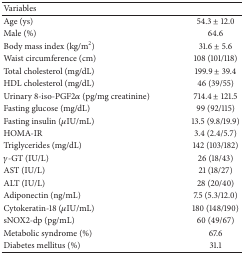
<table><thead><tr><td><b>Variables</b></td><td><b> </b></td></tr></thead><tbody><tr><td>Age (ys)</td><td>54.3 ± 12.0</td></tr><tr><td>Male (%)</td><td>64.6</td></tr><tr><td>Body mass index (kg/m<sup>2</sup>)</td><td>31.6 ± 5.6</td></tr><tr><td>Waist circumference (cm)</td><td>108 (101/118)</td></tr><tr><td>Total cholesterol (mg/dL)</td><td>199.9 ± 39.4</td></tr><tr><td>HDL cholesterol (mg/dL)</td><td>46 (39/55)</td></tr><tr><td>Urinary 8-iso-PGF2<i>α</i> (pg/mg creatinine)</td><td>714.4 ± 121.5</td></tr><tr><td>Fasting glucose (mg/dL)</td><td>99 (92/115)</td></tr><tr><td>Fasting insulin (<i>μ</i>IU/mL)</td><td>13.5 (9.8/19.9)</td></tr><tr><td>HOMA-IR</td><td>3.4 (2.4/5.7)</td></tr><tr><td>Triglycerides (mg/dL)</td><td>142 (103/182)</td></tr><tr><td><i>γ</i>-GT (IU/L)</td><td>26 (18/43)</td></tr><tr><td>AST (IU/L)</td><td>21 (18/27)</td></tr><tr><td>ALT (IU/L)</td><td>28 (20/40)</td></tr><tr><td>Adiponectin (ng/mL)</td><td>7.5 (5.3/12.0)</td></tr><tr><td>Cytokeratin-18 (<i>μ</i>IU/mL)</td><td>180 (148/190)</td></tr><tr><td>sNOX2-dp (pg/mL)</td><td>60 (49/67)</td></tr><tr><td>Metabolic syndrome (%)</td><td>67.6</td></tr><tr><td>Diabetes mellitus (%)</td><td>31.1</td></tr></tbody></table>